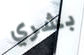
بشري